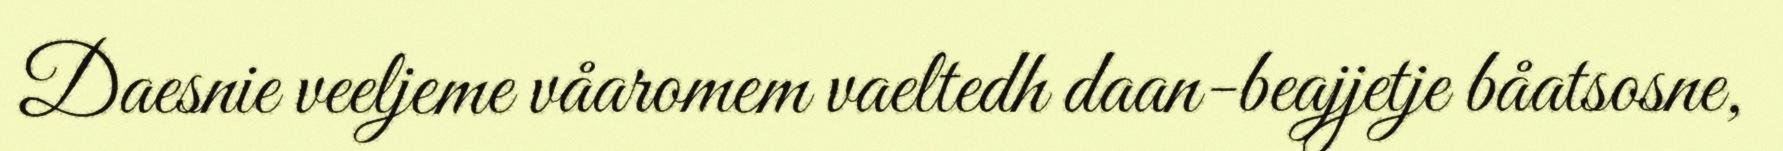
Daesnie veeljeme våaromem vaeltedh daan-beajjetje båatsosne,